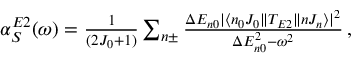
\begin{array} { r } { \alpha _ { S } ^ { E 2 } ( \omega ) = \frac { 1 } { ( 2 J _ { 0 } + 1 ) } \sum _ { n \pm } \frac { \Delta E _ { n 0 } | \langle n _ { 0 } J _ { 0 } \| T _ { E 2 } \| n J _ { n } \rangle | ^ { 2 } } { \Delta E _ { n 0 } ^ { 2 } - \omega ^ { 2 } } \, , } \end{array}